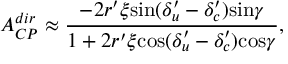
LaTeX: { A } _ { C P } ^ { d i r } \approx { \frac { - 2 { r } ^ { \prime } \xi \mathrm { s i n } ( { \delta } _ { u } ^ { \prime } - { \delta } _ { c } ^ { \prime } ) \mathrm { s i n } \gamma } { 1 + 2 { r } ^ { \prime } \xi \mathrm { c o s } ( { \delta } _ { u } ^ { \prime } - { \delta } _ { c } ^ { \prime } ) \mathrm { c o s } \gamma } } ,